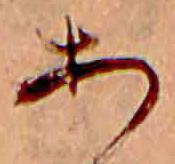
あ